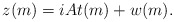
\begin{align*} z(m) = i A t(m) + w(m).\end{align*}